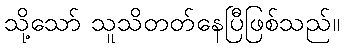
သို့သော် သူသိတတ်နေပြီဖြစ်သည်။